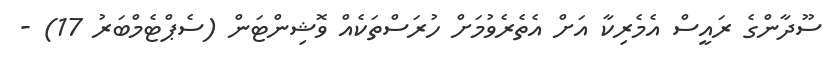
ސޫދާންގެ ރައީސް އެމެރިކާ އަށް އެތެރެވުމަށް ހުރަސްތަކެއް ވޮޝިންޓަން (ސެޕްޓެމްބަރު 17) -